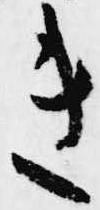
き